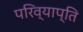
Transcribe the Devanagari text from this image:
परिव्याप्ति